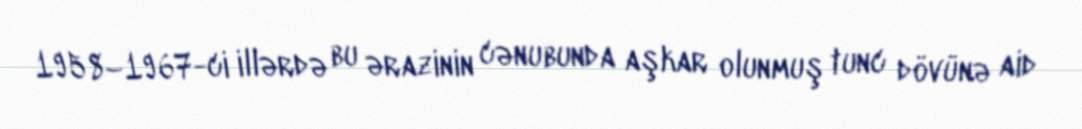
1958–1967-ci illərdə bu ərazinin cənubunda aşkar olunmuş tunc dövünə aid